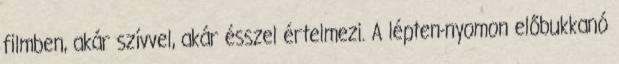
filmben, akár szívvel, akár ésszel értelmezi. A lépten-nyomon előbukkanó